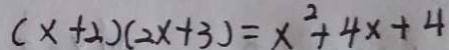
( x + 2 ) ( 2 x + 3 ) = x ^ { 2 } + 4 x + 4